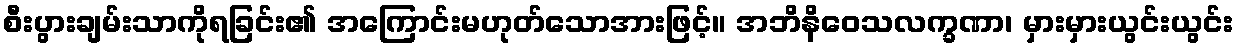
စီးပွားချမ်းသာကိုရခြင်း၏ အကြောင်းမဟုတ်သောအားဖြင့်။ အဘိနိဝေသလက္ခဏာ၊ မှားမှားယွင်းယွင်း